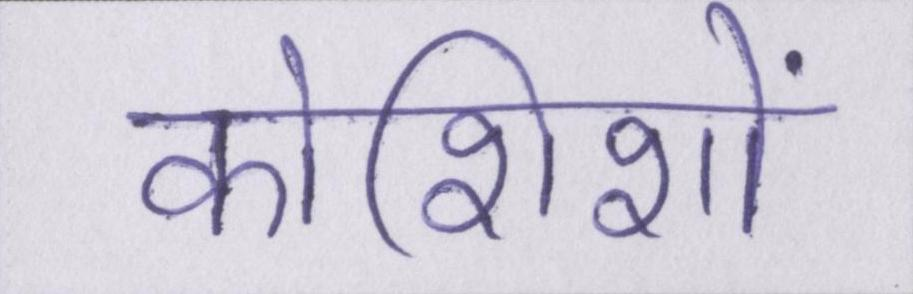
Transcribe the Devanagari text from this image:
कोशिशों